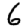
Digit: 6